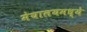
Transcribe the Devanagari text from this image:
मेघालयमध्ये